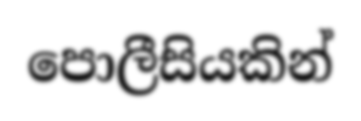
පොලීසියකින්